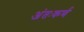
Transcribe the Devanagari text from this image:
अंतःकर्ण